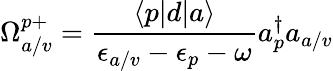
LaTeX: \Omega_{a/v}^{p+}=\frac{\langle p|d|a\rangle}{\epsilon_{a/v}-\epsilon_{p}-\omega}a_{p}^{\dagger}a_{a/v}